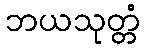
ဘယသုတ္တံ